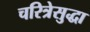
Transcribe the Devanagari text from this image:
चरित्रेसुद्धा